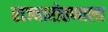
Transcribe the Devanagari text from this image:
राज्यारोहणाला